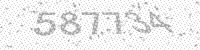
Solution: 587734